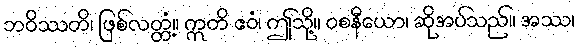
ဘဝိဿတိ၊ ဖြစ်လတ္တံ့။ ဣတိ ဧဝံ၊ ဤသို့။ ဝစနီယော၊ ဆိုအပ်သည်။ အဿ၊